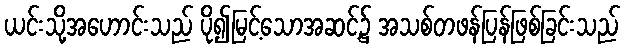
ယင်းသို့အဟောင်းသည် ပို၍မြင့်သောအဆင့်၌ အသစ်တဖန်ပြန်ဖြစ်ခြင်းသည်